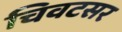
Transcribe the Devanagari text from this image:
चिवटसर